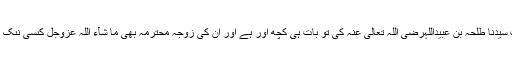
لیکن حضرتِ سَیِّدُنا طلحہ بِن عُبَیْدُاللہرَضِیَ اللّٰہُ تَعَالٰی عَنْہُ کى تو بات ہى کچھ اور ہے اور ان کی زوجۂ محترمہ بھى مَا شَآءَ اللّٰہ عَزَّوَجَلَّ کىسى نىک عورت تھیں ۔